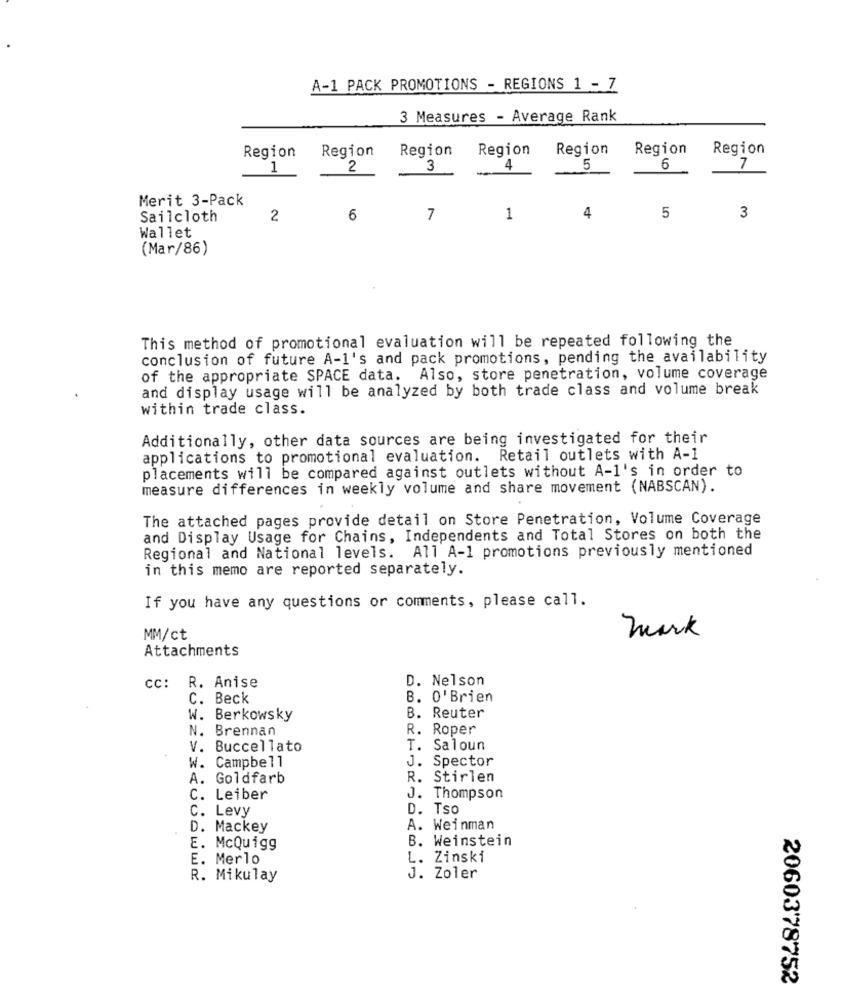
A-1 PACK PROMOTIONS - REGIONS 1 - 7
3 Measures - Average Rank
Region
Region
Region
Region
Region
Region
Region
1
2
3
4
5
6
7
Merit 3-Pack
Sailcloth
2
6
7
1
4
5
3
Wallet
(Mar/86)
This method of promotional evaluation will be repeated following the
conclusion of future A-1's and pack promotions, pending the availability
of the appropriate SPACE data. Also, store penetration, volume coverage
and display usage will be analyzed by both trade class and volume break
within trade class.
Additionally, other data sources are being investigated for their
applications to promotional evaluation. Retail outlets with A-1
placements will be compared against outlets without A-1's in order to
measure differences in weekly volume and share movement (NABSCAN).
The attached pages provide detail on Store Penetration, Volume Coverage
and Display Usage for Chains, Independents and Total Stores on both the
Regional and National levels. All A-1 promotions previously mentioned
in this memo are reported separately.
If you have any questions or comments, please call.
MM/ct
mark
Attachments
D. Nelson
cc: R. Anise
C. Beck
B. O'Brien
W. Berkowsky
B. Reuter
N. Brennan
R. Roper
V. Buccellato
T. Saloun
08821
W. Campbell
J. Spector
A. Goldfarb
R. Stirlen
C. Leiber
J. Thompson
C. Levy
D. Tso
D. Mackey
A. Weinman
B. Weinstein
E. McQuigg
E. Merlo
L. Zinski
R. Mikulay
J. Zoler
2060378752